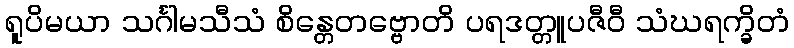
ရူပိမယာ သင်္ဂါမသီသံ စိန္တေတဗ္ဗောတိ ပရဒတ္တူပဇီဝီ သံဃရက္ခိတံ